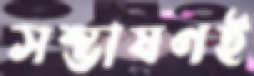
সম্ভাষণই